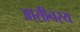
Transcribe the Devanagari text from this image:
आसीनस्य